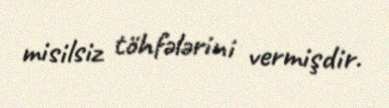
misilsiz töhfələrini vermişdir.